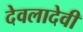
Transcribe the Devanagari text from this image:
देवलादेवी